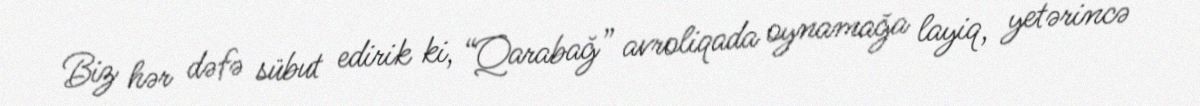
Biz hər dəfə sübut edirik ki, “Qarabağ” avroliqada oynamağa layiq, yetərincə